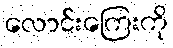
လောင်းကြေးကို